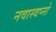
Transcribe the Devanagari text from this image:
नवास्वप्नो